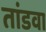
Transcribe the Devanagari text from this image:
तांडवा